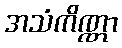
အသံကိဏ္ဏာ